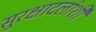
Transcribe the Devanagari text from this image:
सुरक्षादलांशी